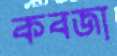
কবজা